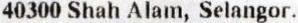
40300 SHAH ALAM, SELANGOR.